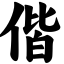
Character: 偕